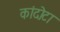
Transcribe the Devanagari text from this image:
कांदोटा